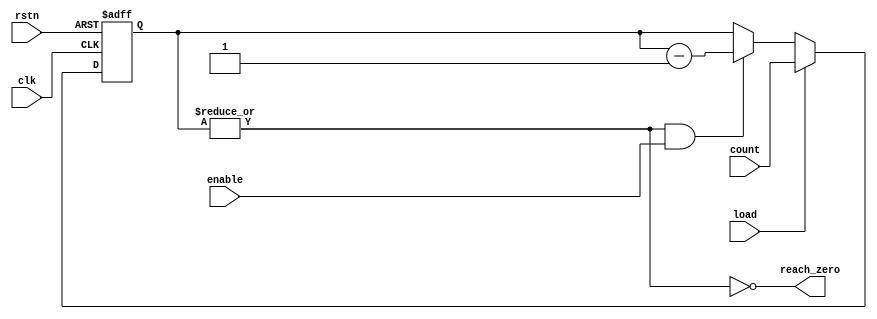
//------------------------------------------------------------------------------
// Title        : timer_cntr.v 
// Project      : FT600
//------------------------------------------------------------------------------
//------------------------------------------------------------------------------
// Description  : 
//               programmable timer counter with preload 
//  
//             
//------------------------------------------------------------------------------
// Known issues & omissions:
// 
// 
//------------------------------------------------------------------------------
// Copyright 2013 FTDI Ltd. All rights reserved.
//------------------------------------------------------------------------------

module timer_cntr #(
  parameter NUM_BIT = 13, 
  parameter [NUM_BIT-1:0] INI_ST  = 0
  ) (

// inputs
  input               rstn,
  input               clk,
  input               enable,
  input               load,
  input [NUM_BIT-1:0] count, 

// outputs
  output wire         reach_zero 
        
       );


  reg [NUM_BIT-1:0]  cntr;

  assign reach_zero = ~|cntr;

  always @(posedge clk or negedge rstn)
    if (~rstn)
      cntr <= INI_ST;
    else if (load) 
      cntr <= count;
    else if (~reach_zero & enable)
      cntr <= cntr - 1'b1;


endmodule